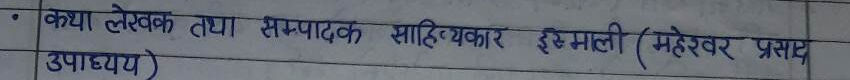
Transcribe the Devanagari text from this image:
कथा लेखक तथा सम्पादक साहित्यकार इस्माली (महेश्वर प्रसाद उपाध्याय)